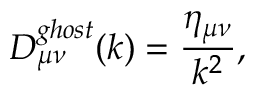
{ \cal D } _ { { \mu } { \nu } } ^ { g h o s t } ( k ) = \frac { \eta _ { { \mu } { \nu } } } { k ^ { 2 } } ,